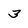
Character: 3